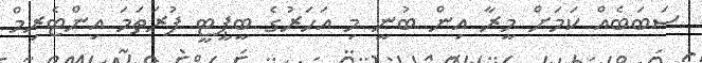
ސަބަބެއް ކަމަށް މީރާ އިން ބުނީ މި އަހަރުގެ ބީޕީޓީ ފުރަތަމަ އިންޓެރިމް